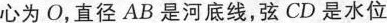
心为O，直径AB是河底线，弦CD是水位